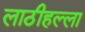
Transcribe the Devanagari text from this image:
लाठीहल्ला